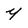
Character: y